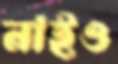
নাইও